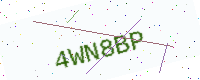
Text: 4WN8BP